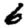
Digit: 6